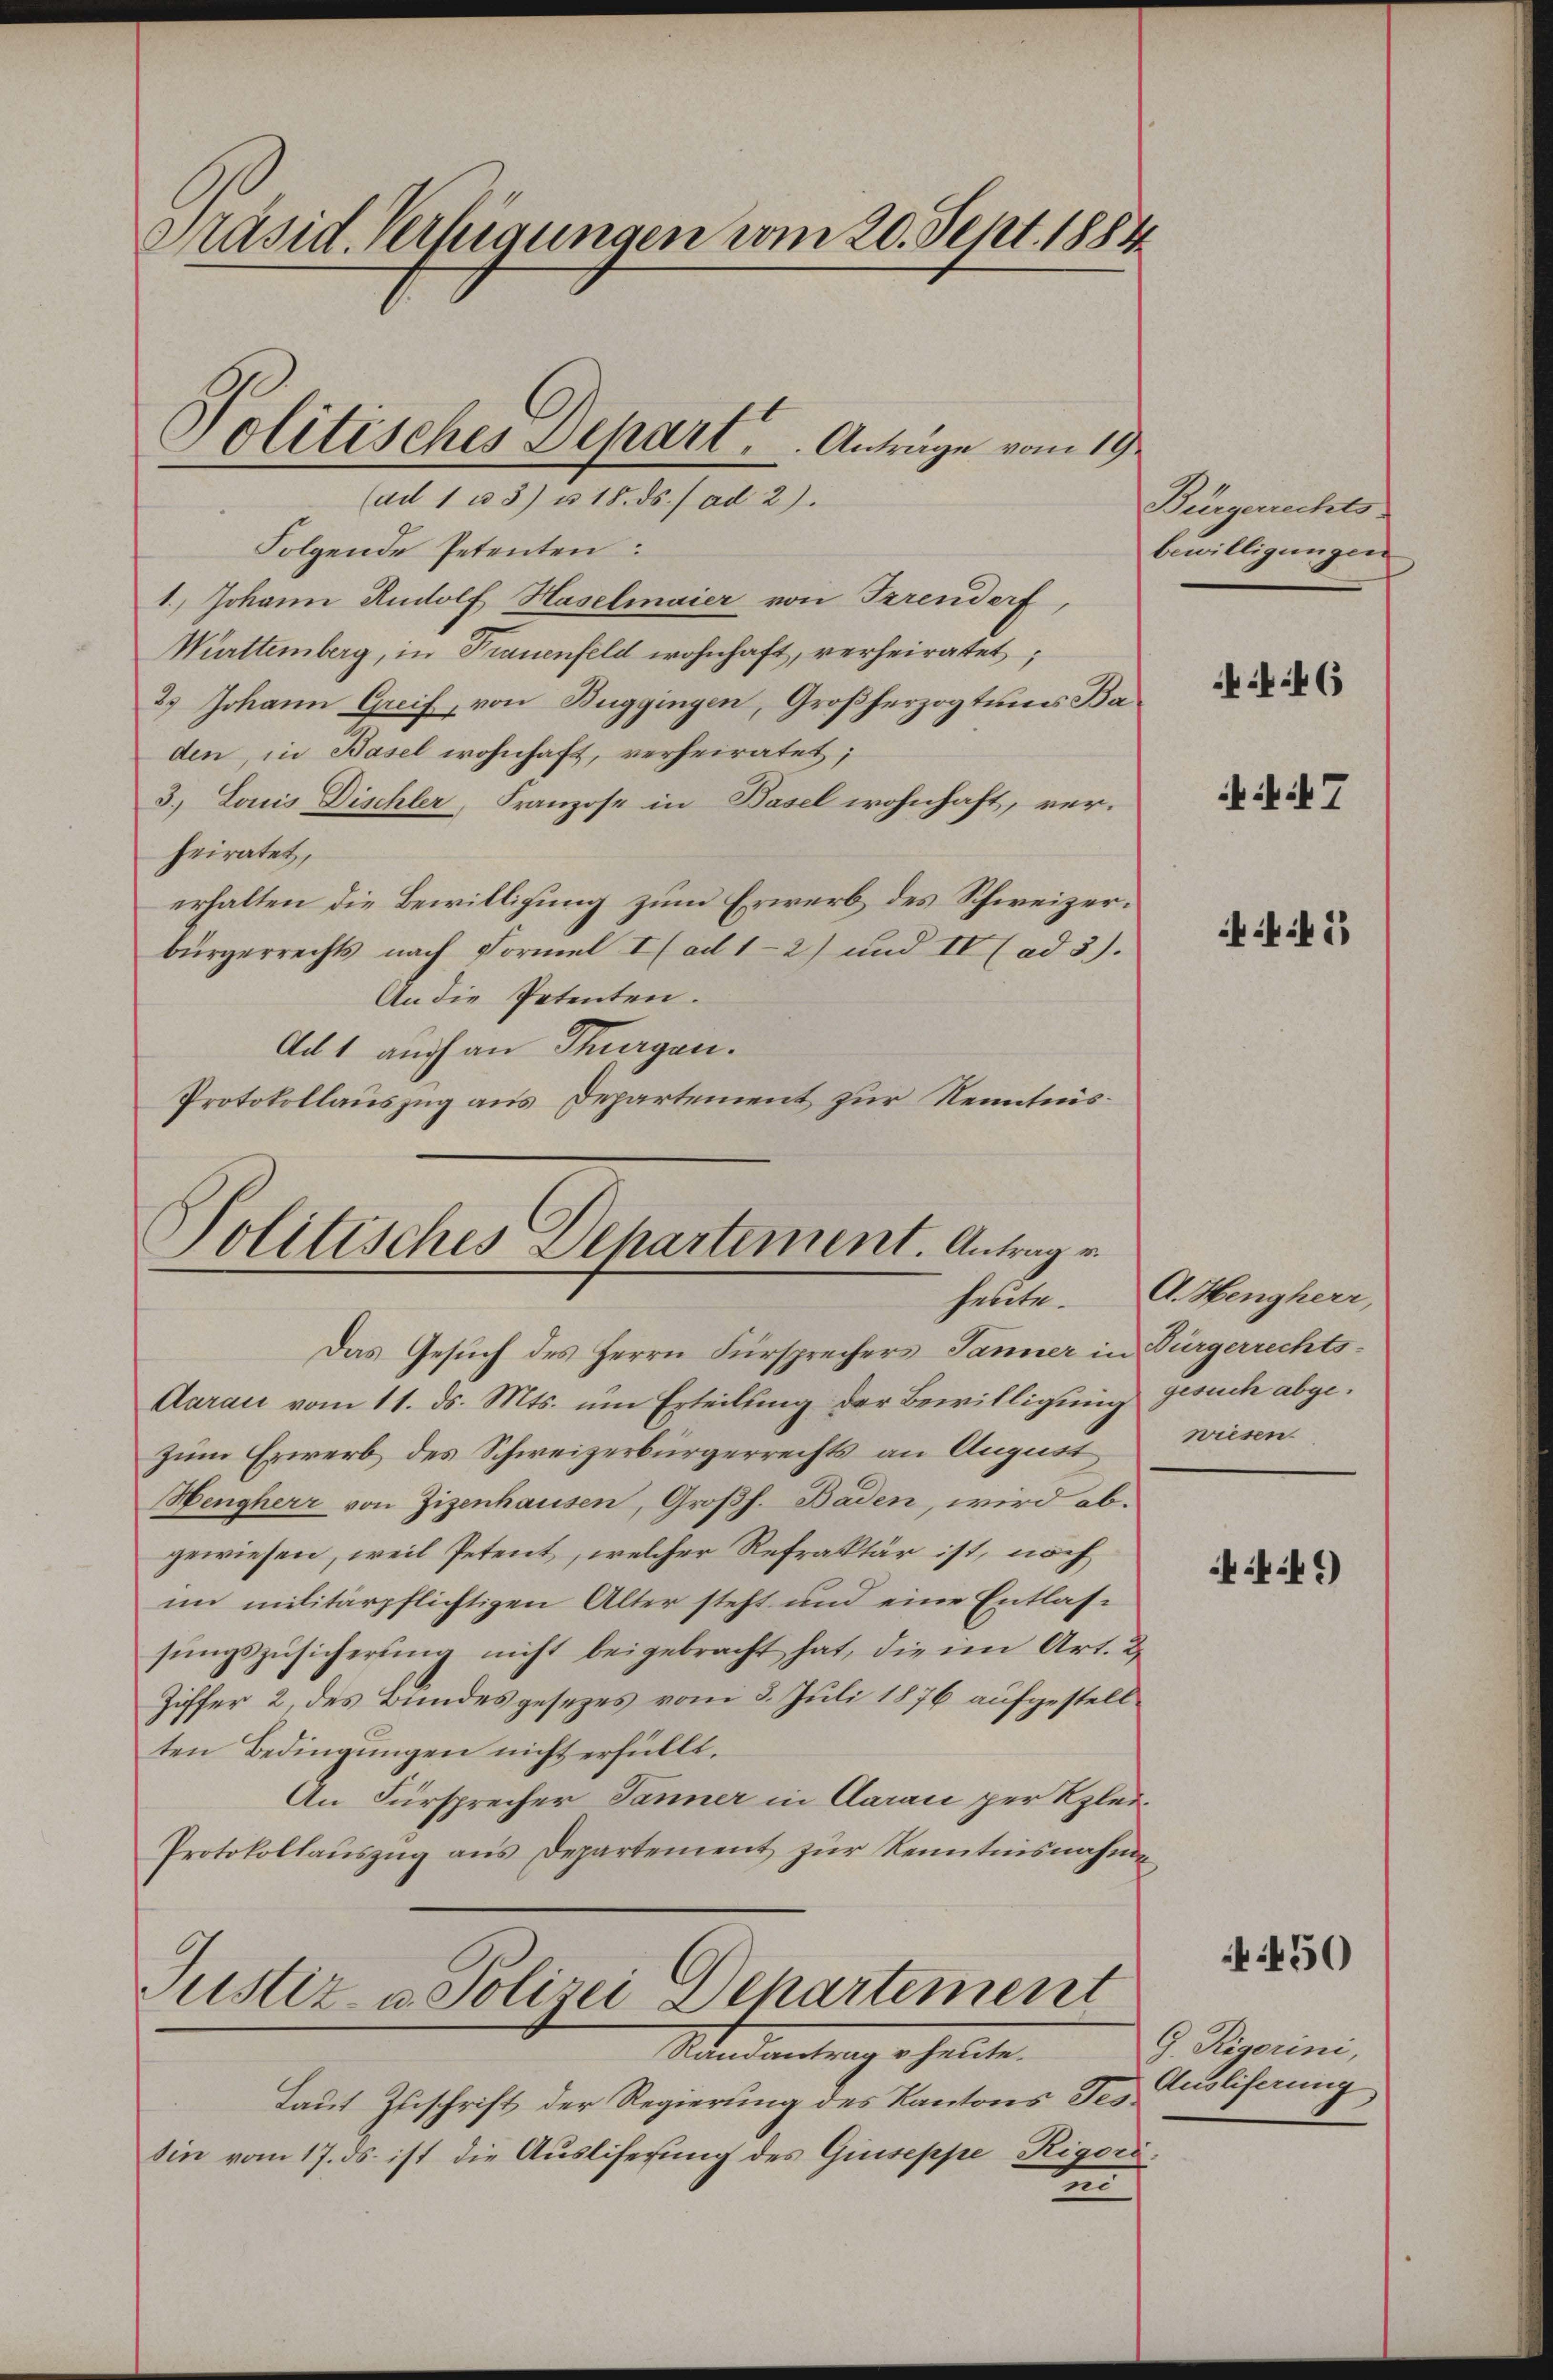
Präsid. Verfügungen vom 20. Sept. 1884

(ad 1 u 3) u. 18. ds. / ad 2).
Folgende Petenten:
1.) Johann Rudolf Haselmaier von Irrendorf,
Württemberg, in Frauenfeld wohnhaft, verheiratet,
2.) Johann Greif, von Buggingen, Großherzogtums Ba
den, in Basel wohnhaft, verheiratet;
3. Louis Dischler, Franzose in Basel wohnhaft, ver-
heiratet,
erhalten die Bewilligung zum Erwerb des Schweizerbürgerrechts nach Formel I ad 1-2) und II l ad 3).
An die Petenten.
Ad 1 auch an Thurgau.
Protokollauszug aus Departement zur Kenntnis¬

Politisches Depart. Anträge vom 19.

Politisches Departement. Antrag v
heute.

Das Gesuch des Herrn Fürsprechers Jänner in Bürgerrechts¬
Aarau vom 11. ds. Mts. um Erteilung der Bewilligung gesuch abgezum Erwerb des Schweizerbürgerrechts an Augnöt¬
Hengherr von Zizenhausen, Großh. Baden, wird ab.
gewiesen, weil Petent, welcher Refraktär ist, noch
im militärpflichtigen Alter steht und eine Entlassŭngszusicherung nicht beigebracht hat, die im Art. 2
Ziffer 2, des Bundesgesezes vom 3. Juli 1876 aufgestellten Bedingungen nicht erfüllt.
An Fürsprecher Jänner in Aarau per Klei¬
Protokollaŭszŭg ans Departement zŭr Kenntnisnahme

Justiz- u. Polizei Departement
Mandametung erhalte.

Laut Zuschrift der Regierung des Kantons des Ausliferung,
sin vom 17. ds. ist die Ausliserung des Quiseppe Rigori
ten

Bürgerrechts
bewilligungen

6

47

f

A. Hengherr,
wiesen

49

450

G. Rigorini,